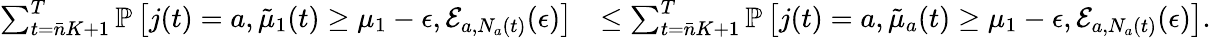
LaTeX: \begin{array}{rl}{\sum_{t=\bar{n}K+1}^{T}\mathbb{P}\left[j(t)=a,\tilde{\mu}_{1}(t)\geq\mu_{1}-\epsilon,\mathcal{E}_{a,N_{a}(t)}(\epsilon)\right]}&{\leq\sum_{t=\bar{n}K+1}^{T}\mathbb{P}\left[j(t)=a,\tilde{\mu}_{a}(t)\geq\mu_{1}-\epsilon,\mathcal{E}_{a,N_{a}(t)}(\epsilon)\right].}\end{array}